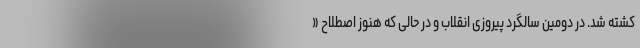
کشته شد. در دومین سالگرد پیروزی انقلاب و در حالی که هنوز اصطلاح «